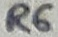
Text: R6